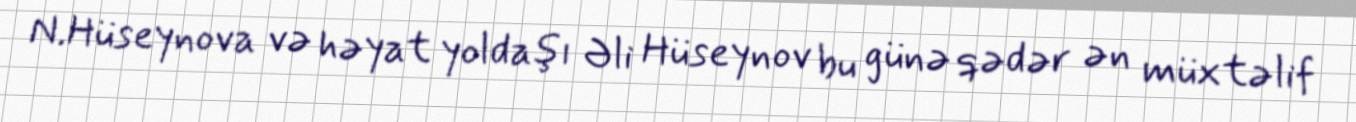
N.Hüseynova və həyat yoldaşı Əli Hüseynov bu günə qədər ən müxtəlif